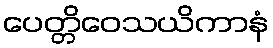
ပေတ္တိဝေသယိကာနံ